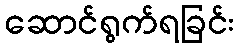
ဆောင်ရွက်ရခြင်း